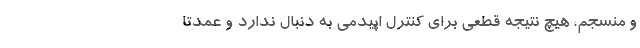
و منسجم، هیچ نتیجه قطعی برای کنترل اپیدمی به دنبال ندارد و عمدتاً